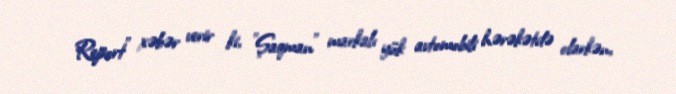
Report" xəbər verir ki, "Şaqman" markalı yük avtomobili hərəkətdə olarkən,